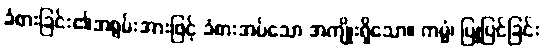
ခံစားခြင်း၏အစွမ်းအားဖြင့် ခံစားအပ်သော အကျိုးရှိသော။ ကမ္မံ၊ ပြုပြင်ခြင်း